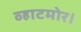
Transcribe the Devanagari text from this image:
व्हाटमोर।